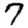
Digit: 7